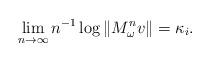
LaTeX: \begin{align*}\lim_{n\to\infty}n^{-1}\log\Vert M^n_\omega v\Vert=\kappa_i.\end{align*}